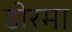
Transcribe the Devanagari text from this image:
डोरमा